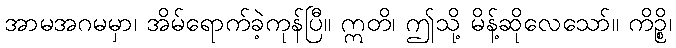
အာမအဂမမှာ၊ အိမ်ရောက်ခဲ့ကုန်ပြီ။ ဣတိ၊ ဤသို့ မိန့်ဆိုလေသော်။ ကိဉ္စိ၊